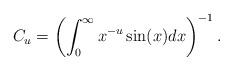
LaTeX: \begin{align*}C_{u}= \left( \int_{0}^{\infty} x^{-u} \sin (x)dx \right)^{-1}.\end{align*}